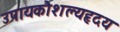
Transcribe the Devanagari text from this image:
उपायकौशल्यहृदय